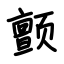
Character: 颤